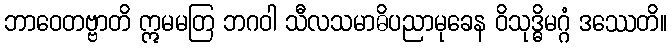
ဘာဝေတဗ္ဗာတိ ဣမမတြ ဘဂဝါ သီလသမာဓိပညာမုခေန ဝိသုဒ္ဓိမဂ္ဂံ ဒဿေတိ။